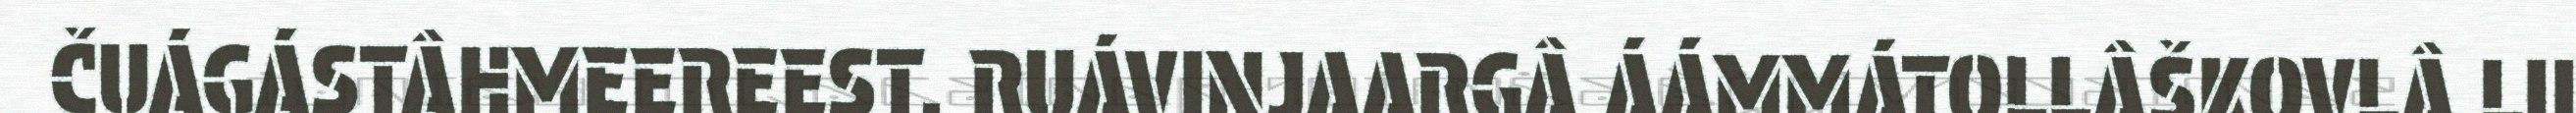
ČUÁGÁSTÂHMEEREEST. RUÁVINJAARGÂ ÁÁMMÁTOLLÂŠKOVLÂ LII